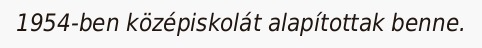
1954-ben középiskolát alapítottak benne.